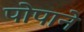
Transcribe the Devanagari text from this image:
पोपाने